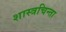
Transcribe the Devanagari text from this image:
शास्त्रचिन्ता